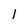
Character: 1